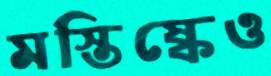
মস্তিষ্কেও